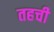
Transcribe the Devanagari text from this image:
तहची